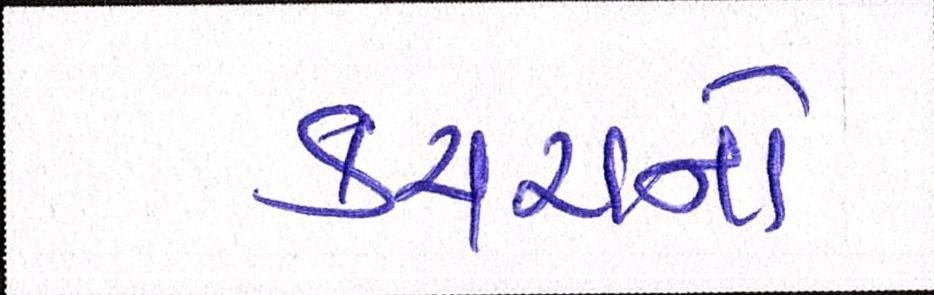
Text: કચરાનો